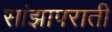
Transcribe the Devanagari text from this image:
सांझापराती